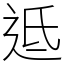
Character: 䢑